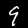
Digit: 9